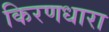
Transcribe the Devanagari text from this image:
किरणधारा